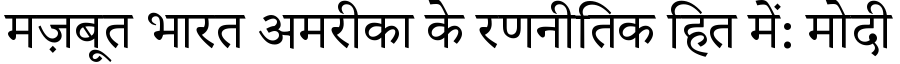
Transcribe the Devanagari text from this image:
मज़बूत भारत अमरीका के रणनीतिक हित में: मोदी